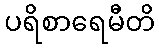
ပရိစာရေမီတိ